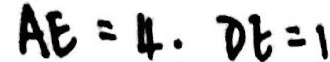
A E = 4 . D E = 1